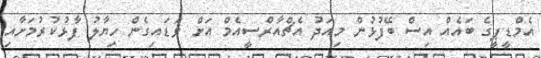
އެމްޑީޕީގެ ބައެއް އިސް ބޭފުޅުން މިއަދު އެޗްއާރްސީއެމް އަށް ވަޑައިގެން ހިޔާލު ފާޅުކުރުމަށާއި